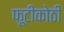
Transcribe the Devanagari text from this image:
फूटीकोठी